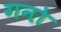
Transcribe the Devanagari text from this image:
गनो